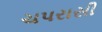
ચપરાસી